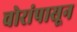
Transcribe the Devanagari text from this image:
चोरांपासून